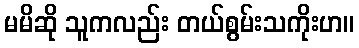
မမိဆို သူကလည်း တယ်စွမ်းသကိုးဟ။